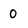
Character: 0